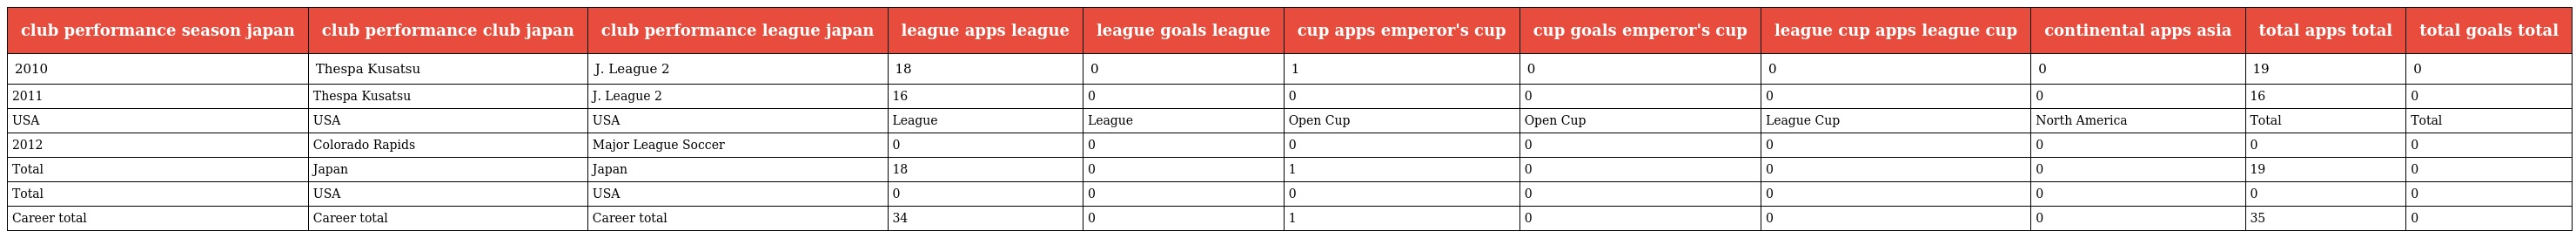
| club performance season japan | club performance club japan | club performance league japan | league apps league | league goals league | cup apps emperor's cup | cup goals emperor's cup | league cup apps league cup | continental apps asia | total apps total | total goals total |
 | --- | --- | --- | --- | --- | --- | --- | --- | --- | --- | --- |
 | 2010 | Thespa Kusatsu | J. League 2 | 18 | 0 | 1 | 0 | 0 | 0 | 19 | 0 |
 | 2011 | Thespa Kusatsu | J. League 2 | 16 | 0 | 0 | 0 | 0 | 0 | 16 | 0 |
 | USA | USA | USA | League | League | Open Cup | Open Cup | League Cup | North America | Total | Total |
 | 2012 | Colorado Rapids | Major League Soccer | 0 | 0 | 0 | 0 | 0 | 0 | 0 | 0 |
 | Total | Japan | Japan | 18 | 0 | 1 | 0 | 0 | 0 | 19 | 0 |
 | Total | USA | USA | 0 | 0 | 0 | 0 | 0 | 0 | 0 | 0 |
 | Career total | Career total | Career total | 34 | 0 | 1 | 0 | 0 | 0 | 35 | 0 |